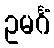
ဥမင်္ဂံ